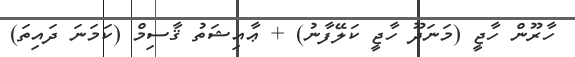
ހާރޫން ހާޖީ (މަނަދޫ ހާޖީ ކަލޭފާނު) + ޢާއިޝަތު ޤާސިމް (ކަމަނަ ދައިތަ)